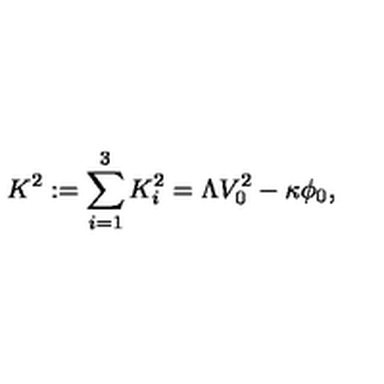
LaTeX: K ^ { 2 } : = \sum _ { i = 1 } ^ { 3 } K _ { i } ^ { 2 } = \Lambda V _ { 0 } ^ { 2 } - \kappa \phi _ { 0 } ,